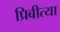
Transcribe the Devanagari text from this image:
प्रिबीत्या